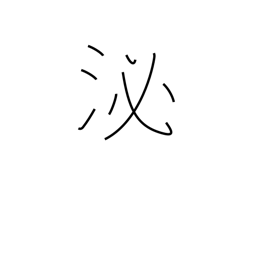
Meaning: soak in